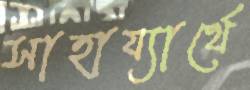
সাহায্যার্থে